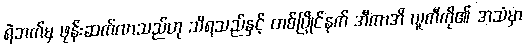
ရဲဘက်မှ ဖုန်းဆက်လာသည်ဟု သိရသည်နှင့် တစ်ပြိုင်နက် အီကာအိ ယူကီကို၏ အသံမှာ